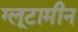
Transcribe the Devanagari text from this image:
ग्लूटामीन